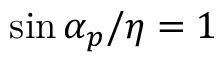
\sin \alpha _ { p } / \eta = 1